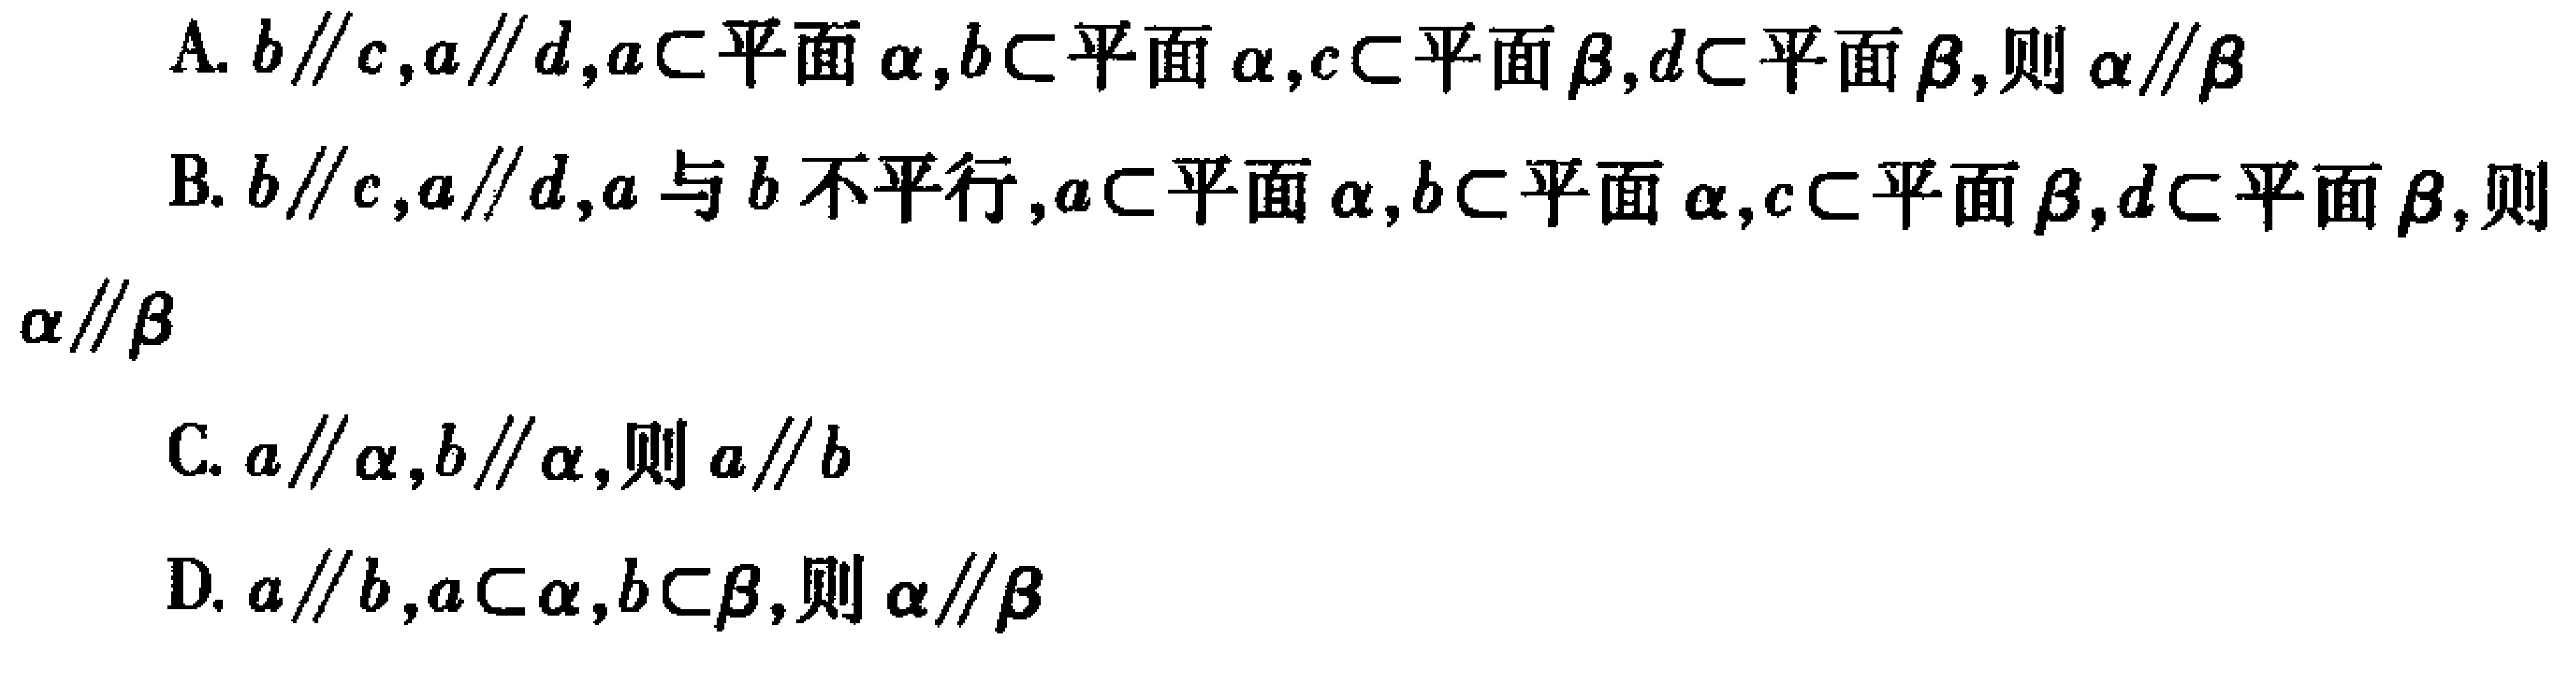
A. \(b\parallel c,a\parallel d,a\subset 平面\alpha,b\subset 平面\alpha,c\subset 平面\beta,d\subset 平面\beta,则\alpha\parallel\beta\)
B. \(b\parallel c,a\parallel d,a与b不平行,a\subset 平面\alpha,b\subset 平面\alpha,c\subset 平面\beta,d\subset 平面\beta,则\alpha\parallel\beta\)
C. \(a\parallel\alpha,b\parallel\alpha,则a\parallel b\)
D. \(a\parallel b,a\subset\alpha,b\subset\beta,则\alpha\parallel\beta\)